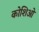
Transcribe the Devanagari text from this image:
कोशिओं